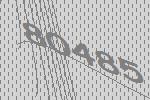
80485